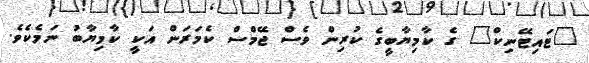
"ޓައިޓޭނިކް" ގެ ކާމިޔާބީގެ ކުރިން ވެސް ޖޭމްސް ކެމަރަން އަކީ ކާމިޔާބު ނަމެކެވެ.